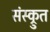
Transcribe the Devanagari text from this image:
संस्क्रुत